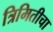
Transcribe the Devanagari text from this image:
त्रिमितीचा